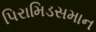
પિરામિડસમાન